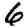
Digit: 6